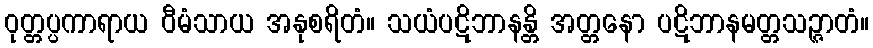
ဝုတ္တပ္ပကာရာယ ဝီမံသာယ အနုစရိတံ။ သယံပဋိဘာနန္တိ အတ္တနော ပဋိဘာနမတ္တသဉ္ဇာတံ။